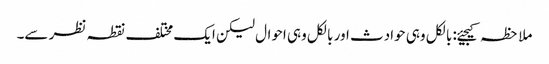
ملاحظہ کیجیئے: بالکل وہی حوادث اور بالکل وہی احوال لیکن ایک مختلف نقطہ نظر سے۔